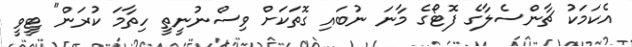
އެކަމަކު ޗާންސެލާގެ ފޮޓޯގެ މާނަ ނުބައި ގޮތަކަށް ވިސްނުނީތީ ހިތާމަ ކުރަން" ޓީވީ